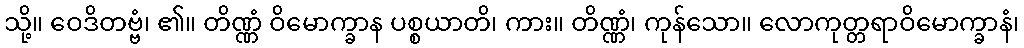
သို့။ ဝေဒိတဗ္ဗံ၊ ၏။ တိဏ္ဏံ ဝိမောက္ခာန ပစ္စယာတိ၊ ကား။ တိဏ္ဏံ၊ ကုန်သော။ လောကုတ္တရာဝိမောက္ခာနံ၊